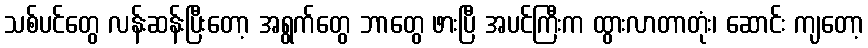
သစ်ပင်တွေ လန်းဆန်းပြီးတော့ အရွက်တွေ ဘာတွေ ဖားပြီ အပင်ကြီးက ထွားလာတာတုံး၊ ဆောင်း ကျတော့